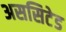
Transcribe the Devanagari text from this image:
अससिटेड